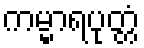
ကမ္မာရပုတ္တံ